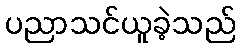
ပညာသင်ယူခဲ့သည်